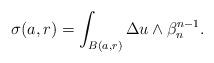
LaTeX: \begin{align*} \begin{aligned} \sigma(a,r)=\int_{B(a,r)}\Delta u \wedge \beta_n ^{n-1}.\end{aligned} \end{align*}